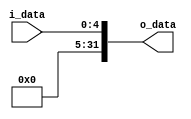
`timescale 1ns / 1ps

module extend#(
        parameter NB_IN = 5,
        parameter NB_OUT = 32
    )
    (
        input [NB_IN-1:0]  i_data,
        output reg [NB_OUT-1:0] o_data
    );

    always@(*) begin
        o_data = {27'b0, i_data};
    end    
endmodule